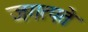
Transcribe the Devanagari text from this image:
जगत्पते